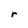
Character: r